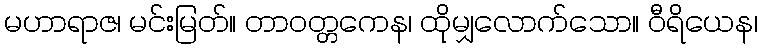
မဟာရာဇ၊ မင်းမြတ်။ တာဝတ္တကေန၊ ထိုမျှလောက်သော။ ဝီရိယေန၊